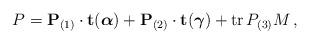
LaTeX: \begin{align*}P = {\bf P}_{(1)} \cdot {\bf t}({\mbox{\boldmath $\alpha$}}) + {\bf P}_{(2)} \cdot {\bf t}({\mbox{\boldmath $\gamma$}}) + {\rm tr}\, P_{(3)} M \, ,\end{align*}